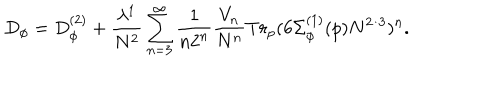
LaTeX: D _ { \phi } = D _ { \phi } ^ { ( 2 ) } + \frac { \lambda ^ { 1 } } { N ^ { 2 } } \sum _ { n = 3 } ^ { \infty } \frac { 1 } { n 2 ^ { n } } \frac { V _ { n } } { N ^ { n } } T r _ { p } ( 6 \Sigma _ { \phi } ^ { ( 1 ) } ( p ) N ^ { 2 / 3 } ) ^ { n } .